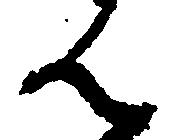
ん